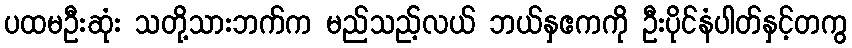
ပထမဦးဆုံး သတို့သားဘက်က မည်သည့်လယ် ဘယ်နှဧကကို ဦးပိုင်နံပါတ်နှင့်တကွ